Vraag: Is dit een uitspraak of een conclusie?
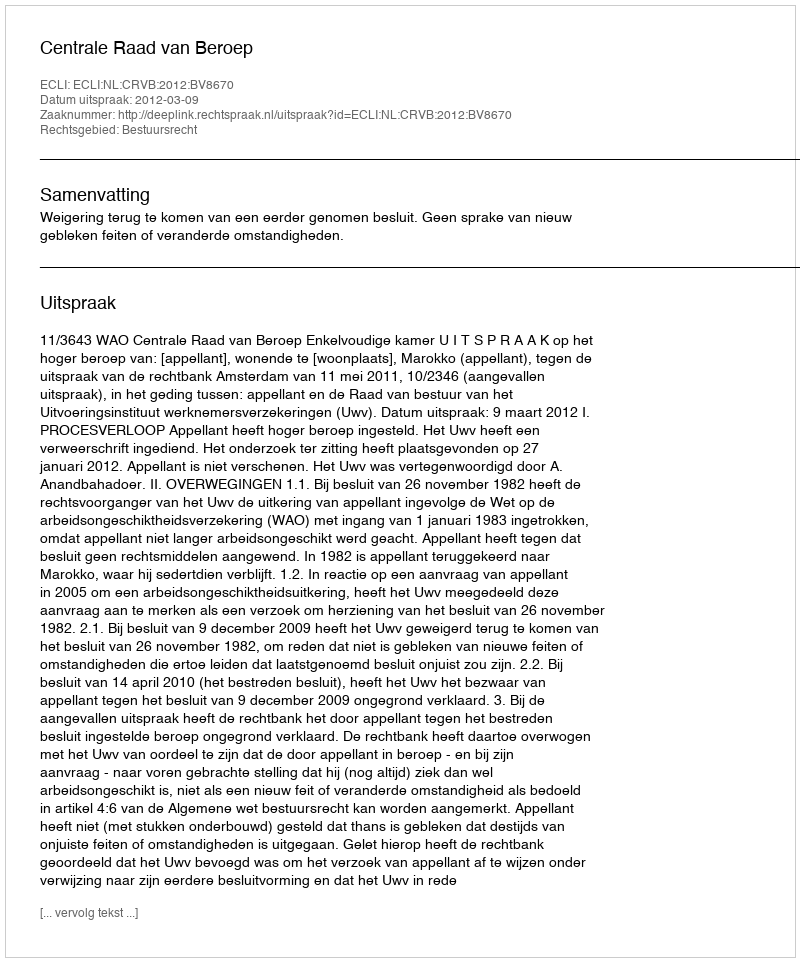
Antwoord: Uitspraak